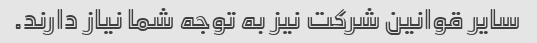
سایر قوانین شرکت نیز به توجه شما نیاز دارند.